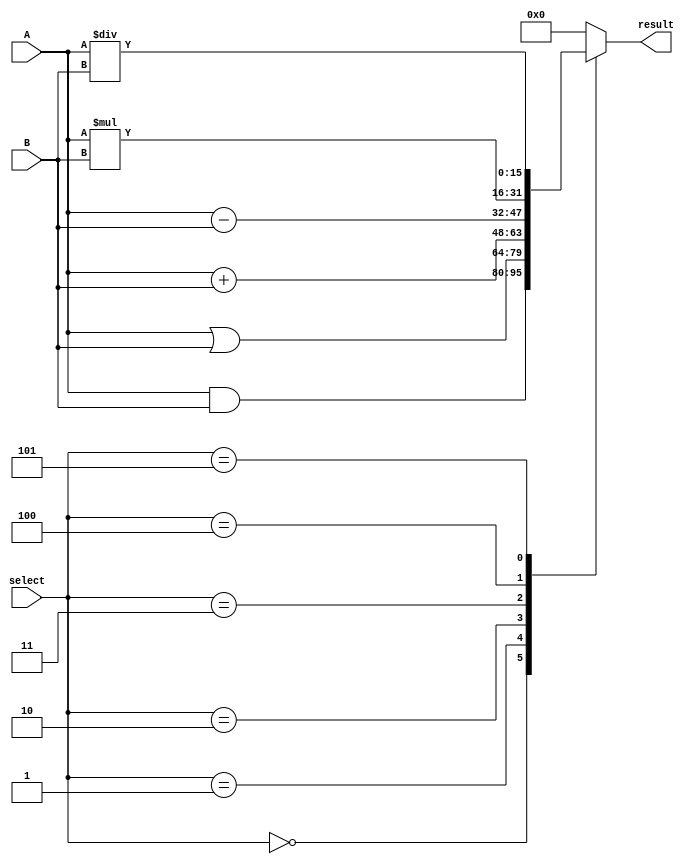
`timescale 1ns / 1ps

module ALU(A, B, select, result);

	 input[15:0] A;
	 input[15:0] B;
	 input[2:0] select;
	 
	 output reg[15:0] result;
	 
	 always @(*)
		 begin
			case(select)
				3'b000:
					result = A & B;
				3'b001:
					result = A | B;
				3'b010:
					result = A + B;
				3'b011:
					result = A - B;
				3'b100:
					result = A * B;
				3'b101:
					result = A / B;
				default:
					result = 0;
			endcase
			
		end

endmodule